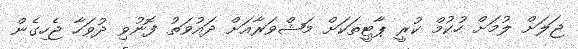
ޖަލަށް ލުމަށް ހުކުމް ކުރީ ޕާޓީތަކަށް މަޝްވަރާއަށް ދައުވަތު ފޮނުވި ދުވަހާ ޖެހިގެން